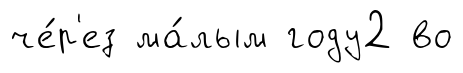
че́р'ез ма́лым году2 во